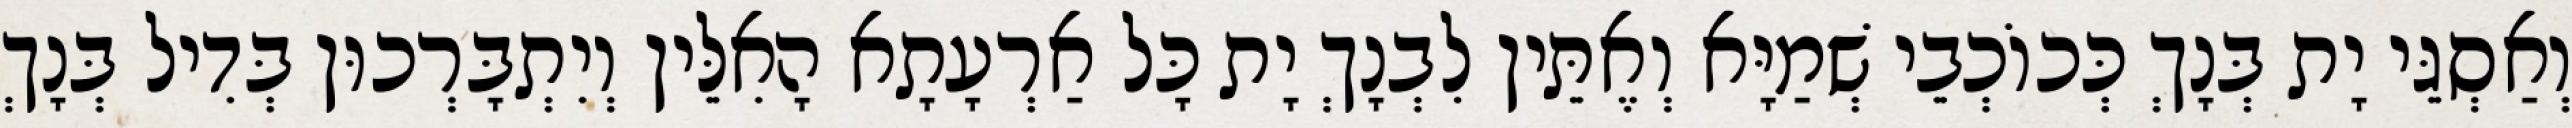
וְאַסְגֵּי יָת בְּנָךְ כְּכוֹכְבֵי שְׁמַיָּא וְאֶתֵּין לִבְנָךְ יָת כָּל אַרְעָתָא הָאִלֵּין וְיִתְבָּרְכוּן בְּדִיל בְּנָךְ